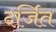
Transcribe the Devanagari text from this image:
दर्जित